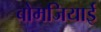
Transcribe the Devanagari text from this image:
बोमजियाई